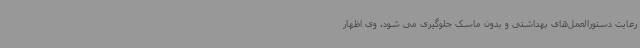
رعایت دستورالعمل‌های بهداشتی و بدون ماسک جلوگیری می شود. وی اظهار